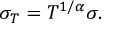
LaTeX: \sigma _ { T } = T ^ { 1 / \alpha } \sigma .